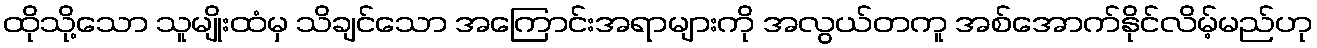
ထိုသို့သော သူမျိုးထံမှ သိချင်သော အကြောင်းအရာများကို အလွယ်တကူ အစ်အောက်နိုင်လိမ့်မည်ဟု